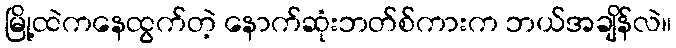
မြို့ထဲကနေထွက်တဲ့ နောက်ဆုံးဘတ်စ်ကားက ဘယ်အချိန်လဲ။